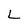
Character: L